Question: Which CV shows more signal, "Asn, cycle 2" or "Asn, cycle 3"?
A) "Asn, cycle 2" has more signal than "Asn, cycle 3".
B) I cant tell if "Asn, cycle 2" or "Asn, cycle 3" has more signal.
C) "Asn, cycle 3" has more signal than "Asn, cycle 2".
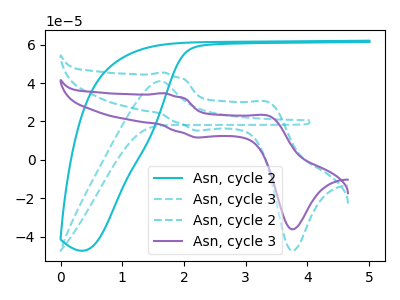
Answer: <think>The cyan curve "Asn, cycle 2" has no peaks. The cyan dashed curve "Asn, cycle 3" has an anodic peak at: (1.60V, 41.00uA). The cyan dashed curve "Asn, cycle 2" has anodic peaks at (1.70V, 45.50uA) (3.40V, 29.75uA) and cathodic peaks at (2.20V, 15.30uA) (3.75V, -47.35uA). The purple curve "Asn, cycle 3" has anodic peaks at (1.70V, 34.75uA) (3.40V, 22.75uA) and cathodic peaks at (2.20V, 11.65uA) (3.75V, -36.20uA).
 All the peaks in "Asn, cycle 2" have a peak in "Asn, cycle 3" at the same potential.</think>
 <answer>B) I cant tell if "Asn, cycle 2" or "Asn, cycle 3" has more signal.</answer>
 <eval>B</eval>